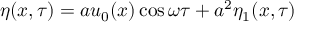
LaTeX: \eta ( x , \tau ) = a u _ { 0 } ( x ) \cos \omega \tau + a ^ { 2 } \eta _ { 1 } ( x , \tau )